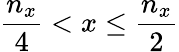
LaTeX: \frac{n_{x}}{4}<x\leq\frac{n_{x}}{2}